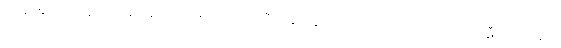
ကြိုးစားရတဲ့ အတွက် ထို စာအုပ်ကလေးများထက် ပိုပြီးကုန်ကျဖွယ် ကောင်းသော သင်္ဂြိုဟ်ဘာသာဋီကာ အတွက်